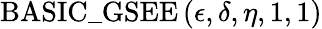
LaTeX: \mathrm{BASIC\_ GSEE}\left(\epsilon,\delta,\eta,1,1\right)